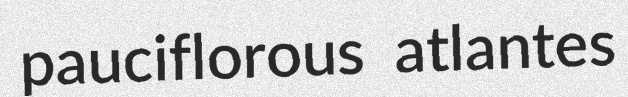
pauciflorous atlantes